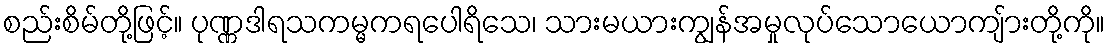
စည်းစိမ်တို့ဖြင့်။ ပုဏ္ဏဒါရသကမ္မကရပေါရိသေ၊ သားမယားကျွန်အမှုလုပ်သောယောကျ်ားတို့ကို။